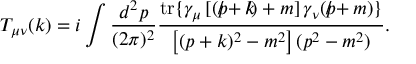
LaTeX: T _ { \mu \nu } ( k ) = i \int \frac { d ^ { 2 } p } { ( 2 \pi ) ^ { 2 } } \frac { \mathrm { t r } \{ \gamma _ { \mu } \left[ ( p \! \! \! \slash + k \! \! \! \slash ) + m \right] \gamma _ { \nu } ( p \! \! \! \slash + m ) \} } { \left[ ( p + k ) ^ { 2 } - m ^ { 2 } \right] ( p ^ { 2 } - m ^ { 2 } ) } .